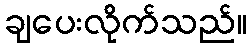
ချပေးလိုက်သည်။